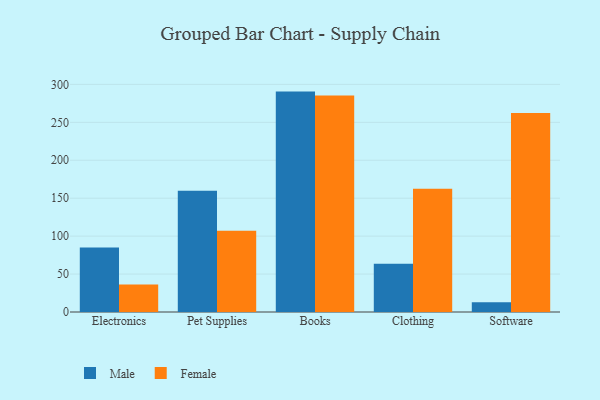
{"axis": {"x": "Category", "y": "Production Output"}, "legend": ["Female", "Male"], "data": [{"x": "Electronics", "y": 85.0, "type": "Male"}, {"x": "Electronics", "y": 36.4, "type": "Female"}, {"x": "Pet Supplies", "y": 159.7, "type": "Male"}, {"x": "Pet Supplies", "y": 107.2, "type": "Female"}, {"x": "Books", "y": 290.5, "type": "Male"}, {"x": "Books", "y": 285.4, "type": "Female"}, {"x": "Clothing", "y": 63.7, "type": "Male"}, {"x": "Clothing", "y": 162.5, "type": "Female"}, {"x": "Software", "y": 13.0, "type": "Male"}, {"x": "Software", "y": 262.3, "type": "Female"}]}